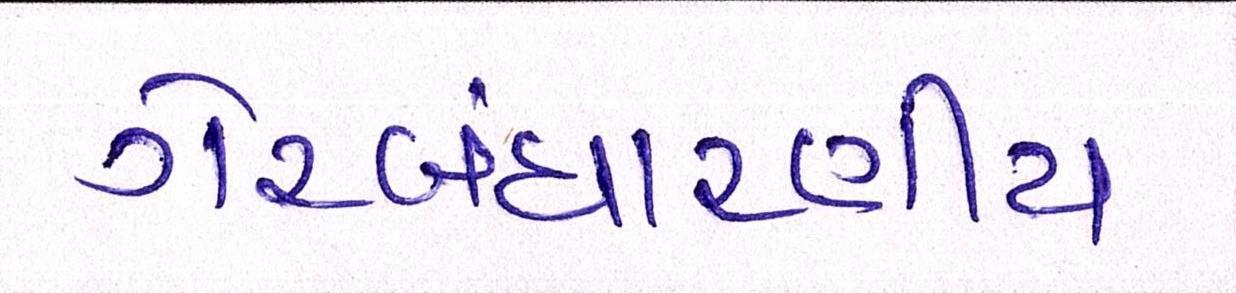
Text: ગેરબંધારણીય